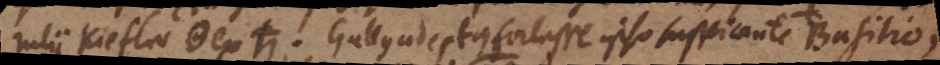
Julii Kiefler ☉ ex [_]. Gallus adeptus fortasse ipso suspicante Basilio,